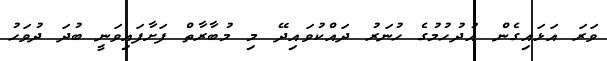
ވަރަ އަޅައިގެން އުދުހުމުގެ ހުނަރު ދައްކުވައިދޭ މި މުބާރާތް ފަށާފައިވަނީ ބުދަ ދުވަހު